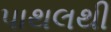
પાથલથી